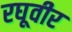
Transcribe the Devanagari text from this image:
रघूवीर